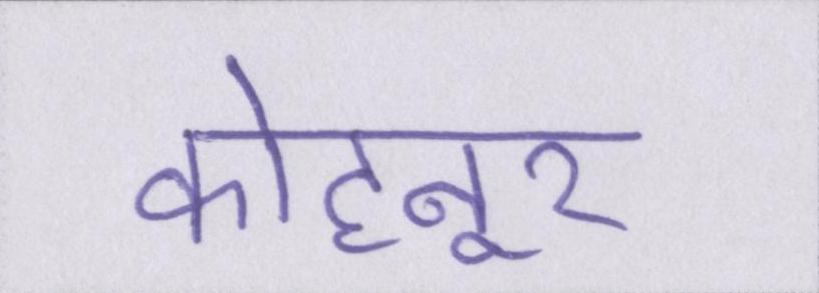
कोहनूर